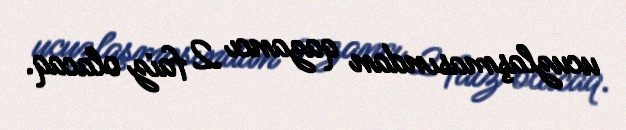
ucuzlaşmasından qazancı 2 faiz olacaq.